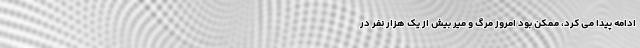
ادامه پیدا می کرد، ممکن بود امروز مرگ و میر بیش از یک هزار نفر در